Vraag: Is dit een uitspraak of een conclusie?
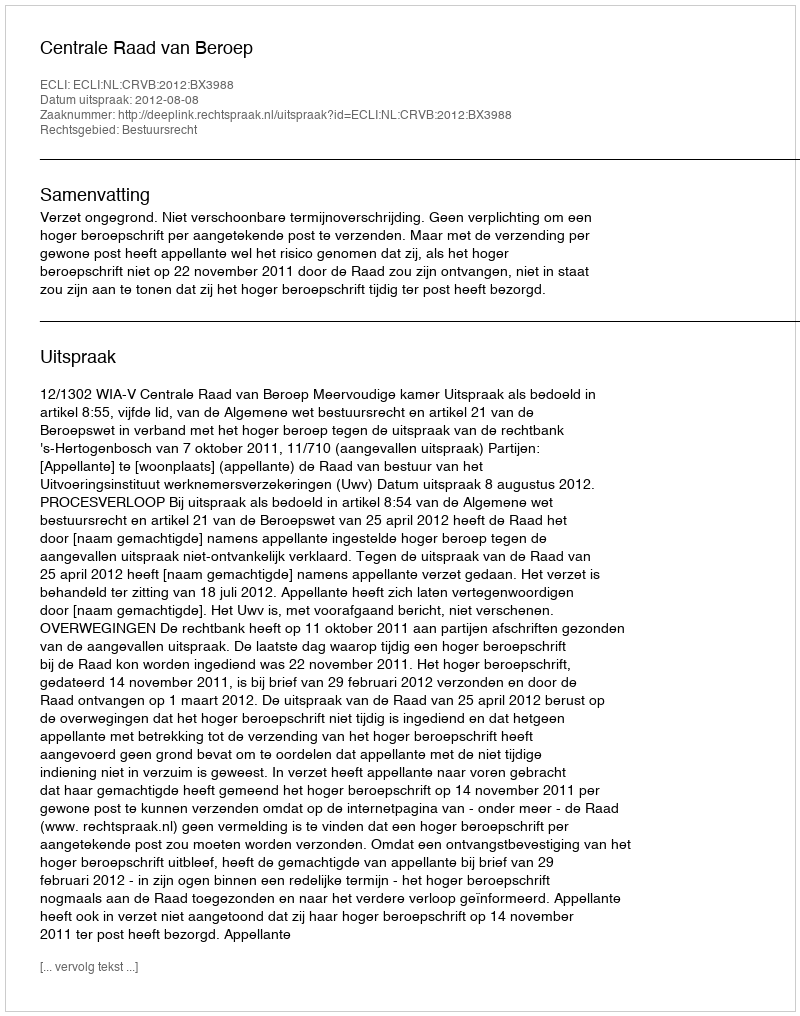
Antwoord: Uitspraak